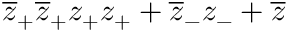
\overline { { { z } } } _ { + } \overline { { { z } } } _ { + } z _ { + } z _ { + } + \overline { { { z } } } _ { - } z _ { - } + \overline { { { z } } }